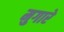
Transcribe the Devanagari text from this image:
मुगारे